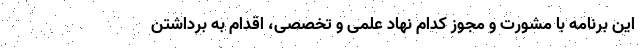
این برنامه با مشورت و مجوز کدام نهاد علمی و تخصصی، اقدام به برداشتن